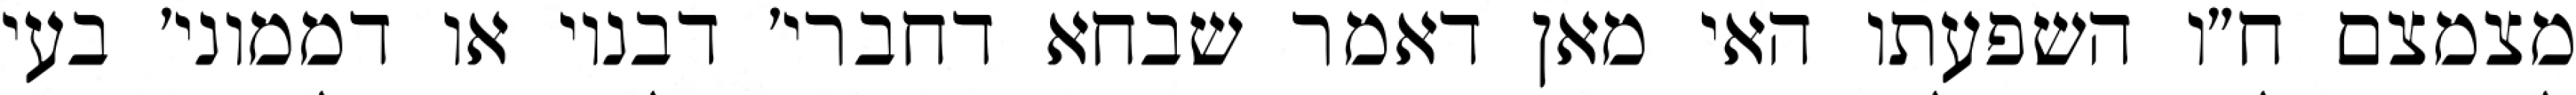
מצמצם ח״ו השפעתו האי מאן דאמר שבחא דחברי׳ דבנוי או דממוני׳ בעי